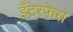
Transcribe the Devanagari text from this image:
इँटरफेस